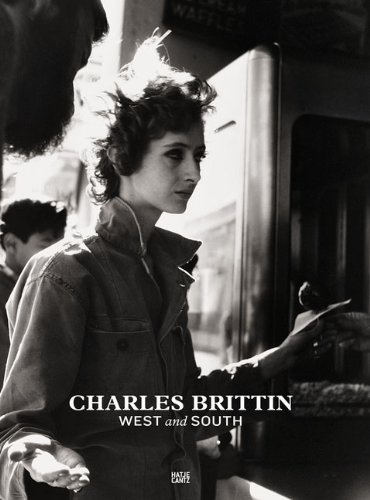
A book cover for Charles Brittin: West and South; Arts & Photography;